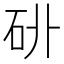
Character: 𥐫